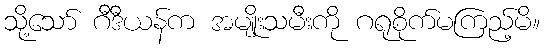
သို့သော် ဂီဒီယန်က အမျိုးသမီးကို ဂရုစိုက်မကြည့်မိ။